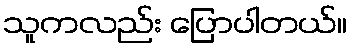
သူကလည်း ပြောပါတယ်။